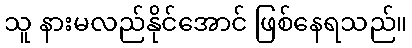
သူ နားမလည်နိုင်အောင် ဖြစ်နေရသည်။